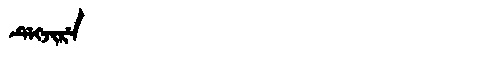
Manchu: ᡩᡝᡴᠵᡳᡵᡝ
Romanization: DEKJIRE